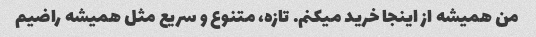
من همیشه از اینجا خرید میکنم. تازه، متنوع و سریع مثل همیشه راضیم